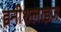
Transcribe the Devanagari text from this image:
इनीशलाइज़